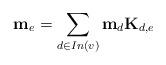
LaTeX: \begin{align*}\mathbf{m}_e = \sum_{d\in In(v)} \mathbf{m}_d\mathbf{K}_{d,e}\end{align*}